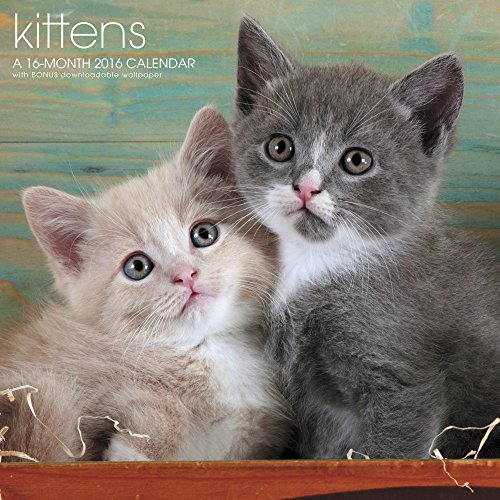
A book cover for Kittens Wall Calendar (2016); Landmark; Calendars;